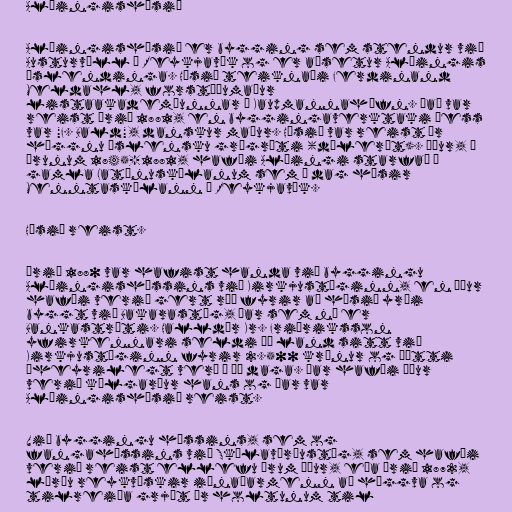
Alþingishúsið

Alþingishúsið er bygging sem stendur við
Austurvöll í Reykjavík og er aðsetur Alþingis
Íslendinga. Húsið teiknaði Ferdinand
Meldahl, forstöðumaður
listaakademíunnar í Kaupmannahöfn. Það var
reist árið 1881, en byggingaverktaki þess
var "F. Bald", danskur maður. Húsið var reist úr
höggnu íslensku grágrýti (dólerít). Áður, á
árunum 1845-1881, hafði Alþingi starfað í
gamla Latínuskólanum sem í dag hýsir
Menntaskólann í Reykjavík.

Húsið reist.

Árið 1880 var hafist handa við byggingu
Alþingishússins við Kirkjustíginn, en áður
hafði verið gert ráð fyrir að húsið yrði
byggt við Bakarastíg, þar sem nú er
Bankastræti. Halldór Kr. Friðriksson
yfirkennari seldi þá land sitt við
Kirkjustíginn fyrir 2.500 krónur og þótti
óheyrilegt verð í þá daga. Þar hafði áður
verið kálgarður hans og þar var
Alþingishúsið reist.

Við byggingu hússins, sem og
fangahússins við Skólavörðustíg, sem hafði
verið reist ellefu árum áður, eða árið 1872,
lærðu reykvískir iðnaðarmenn að höggva og
tilreiða grjót úr holtunum til